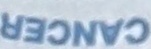
CANCER